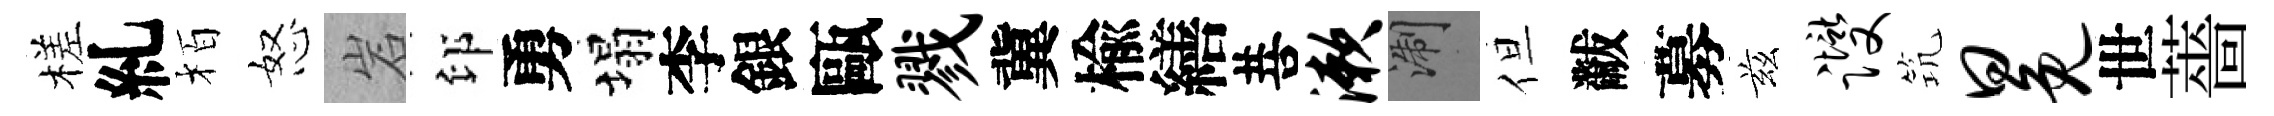
槎糺栢怒岩印勇塌李銀甌戮冀楡繕菩漱浙但黻募兹躞𥬑冕世薔